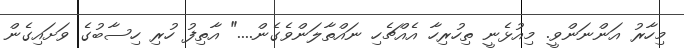
މިހާރު އަންނަންވީ. މިއުޅެނީ ތިހުރިހާ އެއްޗެހި ނައްތާލަންވެގެން...." އާތިފު ހުރި ހިސާބުގެ ވަށައިގެން